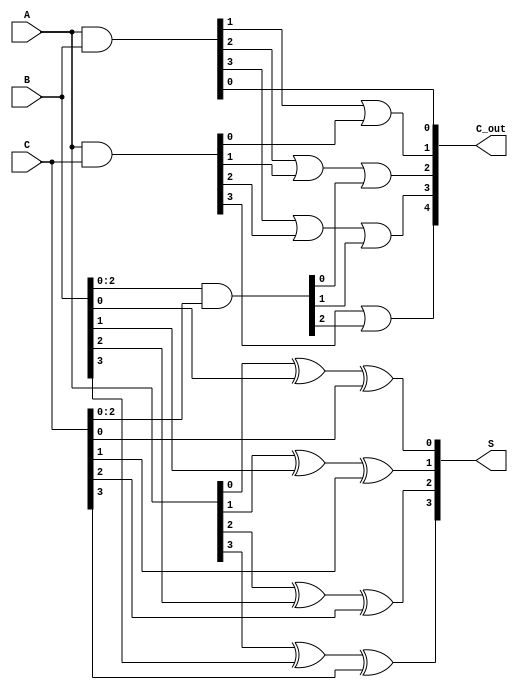
module DynamicCarrySaveAdder (
    input wire [3:0] A, // 4-bit input A
    input wire [3:0] B, // 4-bit input B
    input wire [3:0] C, // 4-bit input C
    output wire [4:0] S, // 5-bit sum output
    output wire [4:0] C_out // 5-bit carry output
);

// Intermediate signals for carry generation
wire [3:0] carry_ab; // Carry bits from A and B
wire [3:0] carry_ac; // Carry bits from A and C
wire [3:0] carry_bc; // Carry bits from B and C

// Generate carry bits using AND gates
assign carry_ab = A & B; // Carry from A and B
assign carry_ac = A & C; // Carry from A and C
assign carry_bc = B & C; // Carry from B and C

// Calculate sum bits using XOR gates
assign S[0] = A[0] ^ B[0] ^ C[0]; // Sum bit 0
assign S[1] = A[1] ^ B[1] ^ C[1]; // Sum bit 1
assign S[2] = A[2] ^ B[2] ^ C[2]; // Sum bit 2
assign S[3] = A[3] ^ B[3] ^ C[3]; // Sum bit 3

// Calculate carry bits
assign C_out[0] = carry_ab[0]; // Carry bit 0
assign C_out[1] = carry_ab[1] | carry_ac[0]; // Carry bit 1
assign C_out[2] = carry_ab[2] | carry_ac[1] | carry_bc[0]; // Carry bit 2
assign C_out[3] = carry_ab[3] | carry_ac[2] | carry_bc[1]; // Carry bit 3
assign C_out[4] = carry_ac[3] | carry_bc[2]; // Carry bit 4

endmodule